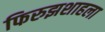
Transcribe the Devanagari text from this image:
फिरुझशाहला